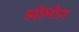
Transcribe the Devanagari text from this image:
ओमोन